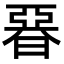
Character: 𣉩